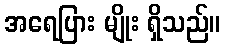
အရေပြား မျိုး ရှိသည်။